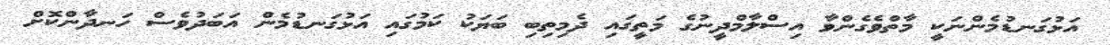
އަޅުގަނޑުމެންނަކީ މާތްވެގެންވާ އިސްލާމްދީނުގެ މަތީގައި ދެމިތިބި ބަޔަކު ކަމުގައި އަޅުގަނޑުމެން އަބަދުވެސް ހަނދާންކޮށް